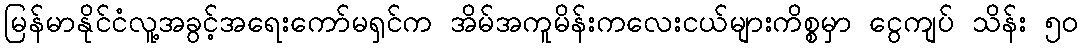
မြန်မာနိုင်ငံလူ့အခွင့်အရေးကော်မရှင်က အိမ်အကူမိန်းကလေးငယ်များကိစ္စမှာ ငွေကျပ် သိန်း ၅၀